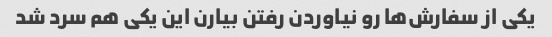
یکی از سفارش‌ها رو نیاوردن رفتن بیارن این یکی هم سرد شد